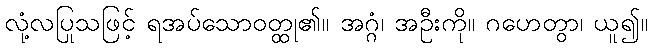
လုံ့လပြုသဖြင့် ရအပ်သောဝတ္ထု၏။ အဂ္ဂံ၊ အဦးကို။ ဂဟေတွာ၊ ယူ၍။